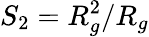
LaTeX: S_{2}=R_{g}^{2}/R_{g}